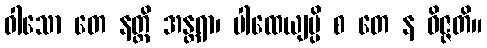
ဝါသော တေ နတ္ထိ အန္တရာ၊ ပါထေယျမ္ပိ စ တေ န ဝိဇ္ဇတိ။